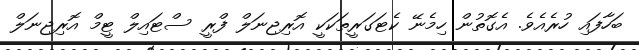
ބަހާފައި ހުރެއެވެ. އެގޮތުން ހިމެނޭ ކެޓަގަރީތަކަކީ އޮރިޖިނަލް ފްރީ ސްޓައިލް ޓީމް އޮރިޖިނަލް